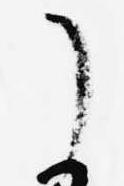
了